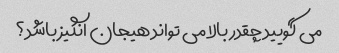
می گویید چقدر بالا می تواند هیجان انگیز باشد؟